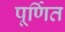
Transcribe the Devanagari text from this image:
पूर्णित